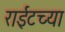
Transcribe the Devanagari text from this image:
राईटच्या